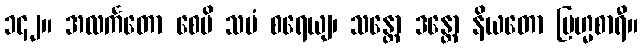
၁၄၂။ အလင်္ကတော စေပိ သမံ စရေယျ၊ သန္တော ဒန္တော နိယတော ဗြဟ္မစာရီ။